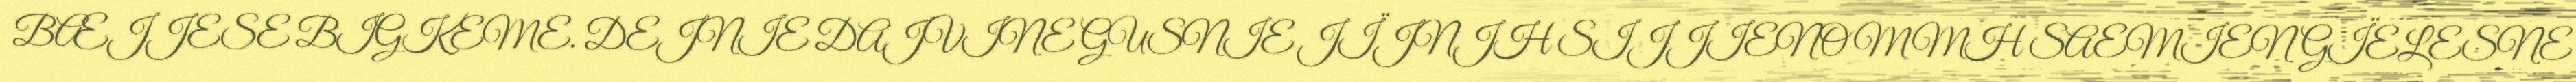
BÆJJESE BIGKEME. DEJNIE DAJVINE GUSNIE JÏJNJH SIJJIENOMMH SAEMIENGÏELESNE